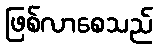
ဖြစ်လာစေသည်